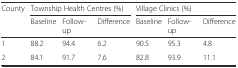
<table><thead><tr><td><b>County</b></td><td colspan="3"><b>Township Health Centres (%)</b></td><td colspan="3"><b>Village Clinics (%)</b></td></tr><tr><td></td><td><b>Baseline</b></td><td><b>Follow-up</b></td><td><b>Difference</b></td><td><b>Baseline</b></td><td><b>Follow-up</b></td><td><b>Difference</b></td></tr></thead><tbody><tr><td>1</td><td>88.2</td><td>94.4</td><td>6.2</td><td>90.5</td><td>95.3</td><td>4.8</td></tr><tr><td>2</td><td>84.1</td><td>91.7</td><td>7.6</td><td>82.8</td><td>93.9</td><td>11.1</td></tr></tbody></table>